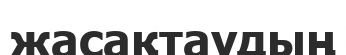
жасақтаудың